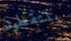
يلتقطون